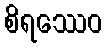
စိရဿေဝ